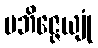
ပဘိဇ္ဇေယျုံ